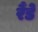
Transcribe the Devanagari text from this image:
रैंडे